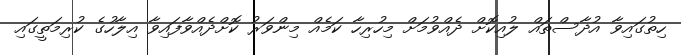
ހިތުގައިވާ އުދާސްތައް ލުއިކޮށް ދެއްވުމަށް މިހުރިހާ ކަމެއް މިންވަރު ކޮށްދެއްވާފައިވާ އިލާހުގެ ކުރިމަތީގައި